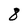
Character: 8